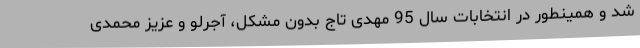
شد و همینطور در انتخابات سال 95 مهدی تاج بدون مشکل، آجرلو و عزیز محمدی